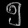
Digit: ၅